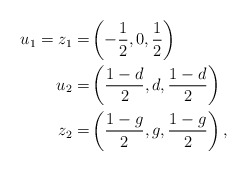
\begin{align*}u_1=z_1=&\left(-\frac{1}{2},0,\frac{1}{2}\right)\\u_2=&\left(\frac{1-d}{2},d,\frac{1-d}{2}\right)\\z_2=&\left(\frac{1-g}{2},g,\frac{1-g}{2}\right),\end{align*}